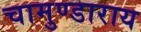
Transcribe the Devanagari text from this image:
चामुण्डाराय